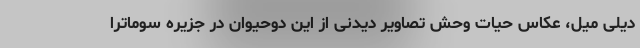
دیلی میل، عکاس حیات وحش تصاویر دیدنی از این دوحیوان در جزیره سوماترا